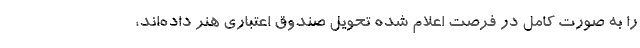
را به صورت کامل در فرصت اعلام شده تحویل صندوق اعتباری هنر داده‌اند،